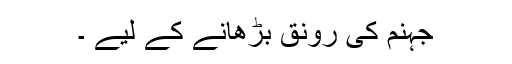
جہنم کی رونق بڑھانے کے لیے ۔